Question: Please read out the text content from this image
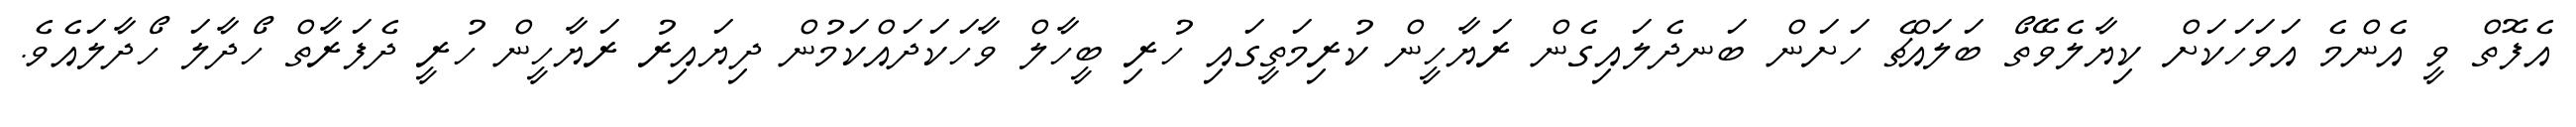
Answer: އެފޮތް ވީ އެންމެ އަވަހަކަށް ކިޔާލެވޭތޯ ބަލައްޗެ ހަށަން ބަނދެލައިގެން ރަޔާހީން ކުރިމަތީގައި ހުރި ބީހާލް ވާހަކަދައްކަމުން ދިޔައިރު ރަޔާހީން ހުރީ ދެފަރާތް ހޯދާލަ ހޯދާލައެވެ.